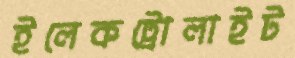
ইলেকট্রোলাইট